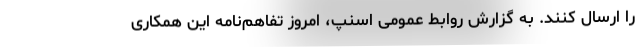
را ارسال کنند. به گزارش روابط عمومی اسنپ، امروز تفاهم‌نامه‌ این همکاری